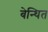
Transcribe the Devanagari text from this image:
बेन्थित